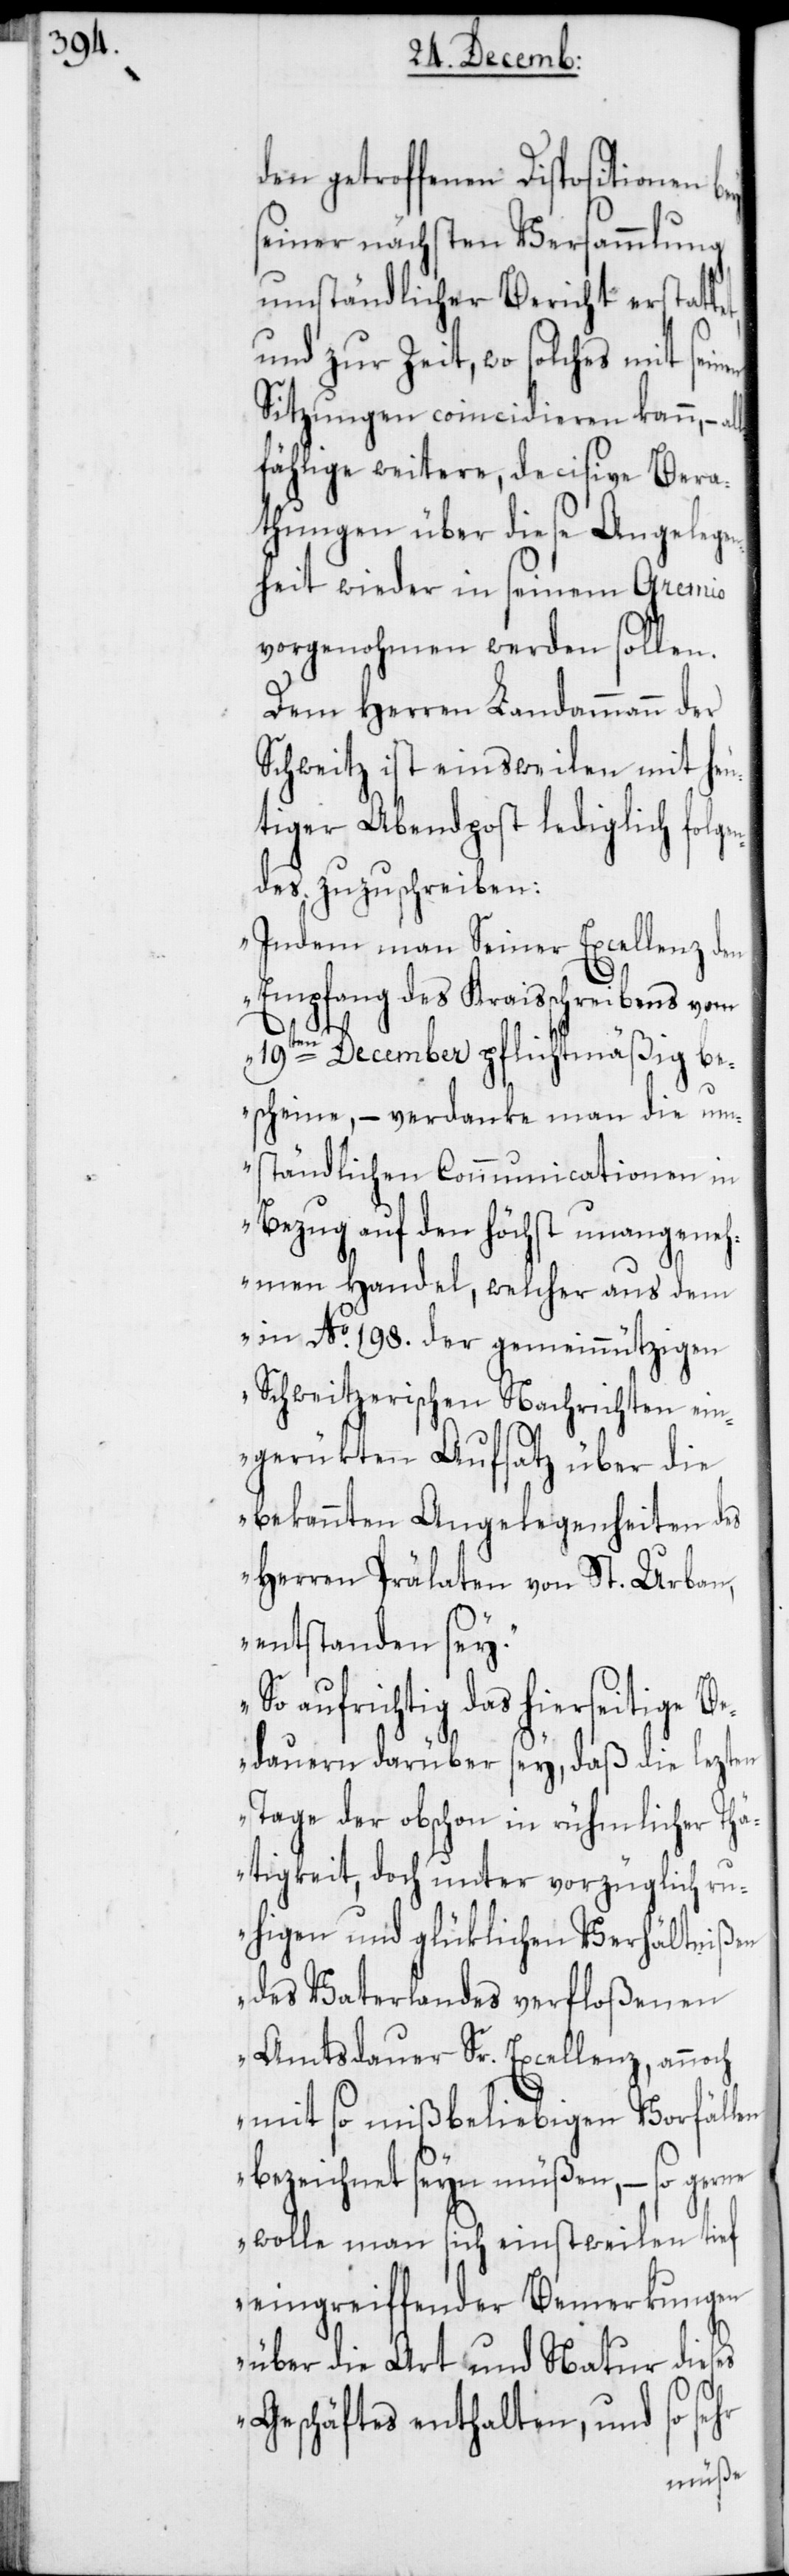
den getroffenen Dispositionen
seiner nächsten Versammlung
umständlicher Bericht erstatt¬
und zur Zeit, wo solches mit sein¬
Sitzungen coincidieren kann, – al¬
lfählige weitere, decisive Bera¬
thungen über diese Angelege¬
nheit wieder in seinem Gremio
vorgenohmen werden sollen.
Dem Herren Landammann der
Schweitz ist einsweilen mit heu¬
tiger Abendpost lediglich folgen¬
des zuzuschreiben:
„Indem man Seiner Excellenz den
Empfang des Kraisschreibens vom
19ten December pflichtmäßig be¬
scheine, – verdanke man die um¬
ständlichen Communicationen in
Bezug auf den höchst unangeneh¬
men Handel, welcher aus dem
in No. 198. der gemeinnützigen
Schweitzerischen Nachrichten ein¬
gerükten Aufsatz über die
bekannten Angelegenheiten des
Herren Prälaten von St. Urban,
entstanden sey.
So aufrichtig das hierseitige Be¬
dauern darüber sey, daß die lezten
Tage der obschon in rühmlicher Thä¬
tigkeit, doch unter vorzüglich ru¬
higen und glüklichen Verhältnißen
des Vaterlandes verfloßenen
Amtsdauer Sr. Excellenz, anno¬
mit so mißbeliebigen Vorfällen
bezeichnet seyn müßen, – so gerne
wolle man sich einstweilen tief
eingreiffender Bemerkungen
über die Art und Natur dieses
ch
Geschäftes enthalten, und so sehr